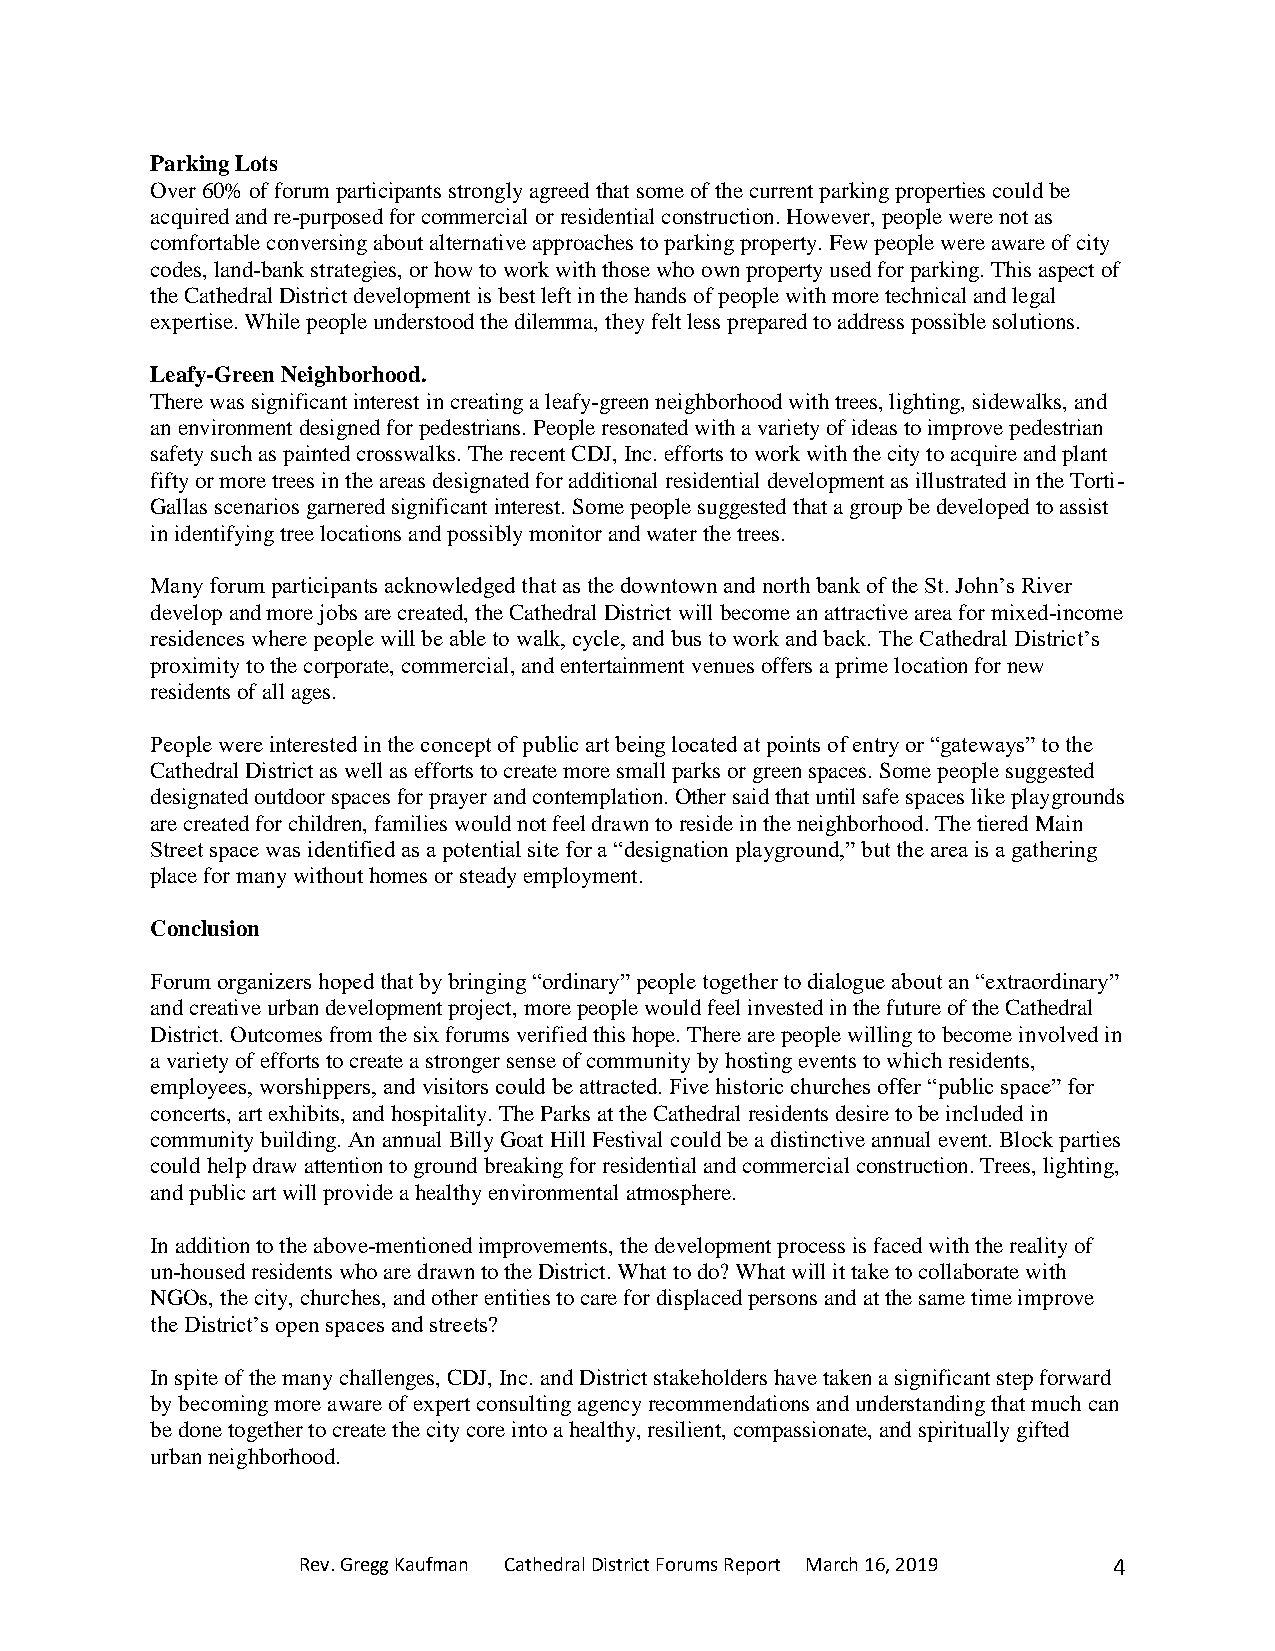
Parking Lots
 Over 60% of forum participants strongly agreed that some of the current parking properties could be
 acquired and re-purposed for commercial or residential construction. However, people were not as
 comfortable conversing about alternative approaches to parking property. Few people were aware of city
 codes, land-bank strategies, or how to work with those who own property used for parking. This aspect of
 the Cathedral District development is best left in the hands of people with more technical and legal
 expertise. While people understood the dilemma, they felt less prepared to address possible solutions.
 Leafy-Green Neighborhood.
 There was significant interest in creating a leafy-green neighborhood with trees, lighting, sidewalks, and
 an environment designed for pedestrians. People resonated with a variety of ideas to improve pedestrian
 safety such as painted crosswalks. The recent CDJ, Inc. efforts to work with the city to acquire and plant
 fifty or more trees in the areas designated for additional residential development as illustrated in the Torti-
 Gallas scenarios garnered significant interest. Some people suggested that a group be developed to assist
 in identifying tree locations and possibly monitor and water the trees.
 Many forum participants acknowledged that as the downtown and north bank of the St. John’s River
 develop and more jobs are created, the Cathedral District will become an attractive area for mixed-income
 residences where people will be able to walk, cycle, and bus to work and back. The Cathedral District’s
 proximity to the corporate, commercial, and entertainment venues offers a prime location for new
 residents of all ages.
 People were interested in the concept of public art being located at points of entry or “gateways” to the
 Cathedral District as well as efforts to create more small parks or green spaces. Some people suggested
 designated outdoor spaces for prayer and contemplation. Other said that until safe spaces like playgrounds
 are created for children, families would not feel drawn to reside in the neighborhood. The tiered Main
 Street space was identified as a potential site for a “designation playground,” but the area is a gathering
 place for many without homes or steady employment.
 Conclusion
 Forum organizers hoped that by bringing “ordinary” people together to dialogue about an “extraordinary”
 and creative urban development project, more people would feel invested in the future of the Cathedral
 District. Outcomes from the six forums verified this hope. There are people willing to become involved in
 a variety of efforts to create a stronger sense of community by hosting events to which residents,
 employees, worshippers, and visitors could be attracted. Five historic churches offer “public space” for
 concerts, art exhibits, and hospitality. The Parks at the Cathedral residents desire to be included in
 community building. An annual Billy Goat Hill Festival could be a distinctive annual event. Block parties
 could help draw attention to ground breaking for residential and commercial construction. Trees, lighting,
 and public art will provide a healthy environmental atmosphere.
 In addition to the above-mentioned improvements, the development process is faced with the reality of
 un-housed residents who are drawn to the District. What to do? What will it take to collaborate with
 NGOs, the city, churches, and other entities to care for displaced persons and at the same time improve
 the District’s open spaces and streets?
 In spite of the many challenges, CDJ, Inc. and District stakeholders have taken a significant step forward
 by becoming more aware of expert consulting agency recommendations and understanding that much can
 be done together to create the city core into a healthy, resilient, compassionate, and spiritually gifted
 urban neighborhood.
 Rev. Gregg Kaufman Cathedral District Forums Report March 16, 2019 4